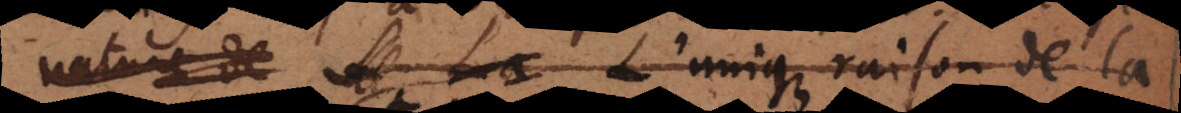
nature de L’unique raison de la